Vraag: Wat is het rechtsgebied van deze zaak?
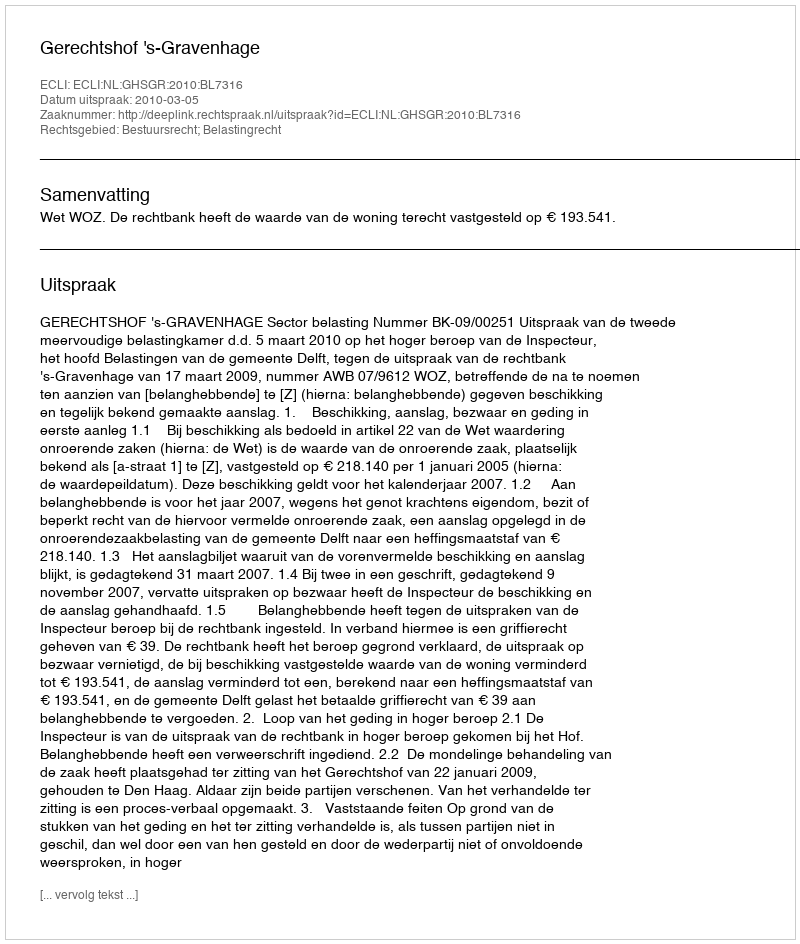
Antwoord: Bestuursrecht; Belastingrecht